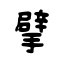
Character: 擘